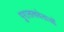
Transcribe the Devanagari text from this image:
पुरातत्ववेताओं